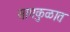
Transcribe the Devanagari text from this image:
सागकुळात